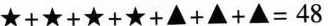
$$★ + ★ + ★ + ★ + ▲ + ▲ + ▲ = 4 8$$